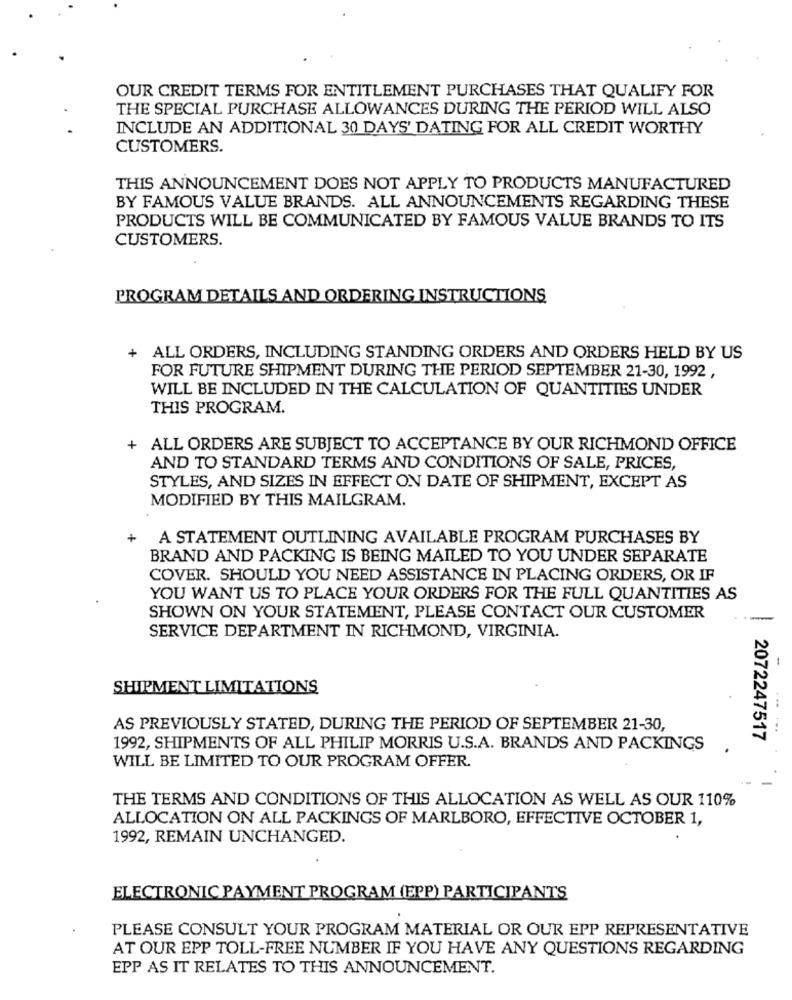
OUR CREDIT TERMS FOR ENTITLEMENT PURCHASES THAT QUALIFY FOR
THE SPECIAL PURCHASE ALLOWANCES DURING THE PERIOD WILL ALSO
INCLUDE AN ADDITIONAL 30 DAYS' DATING FOR ALL CREDIT WORTHY
CUSTOMERS.
THIS ANNOUNCEMENT DOES NOT APPLY TO PRODUCTS MANUFACTURED
BY FAMOUS VALUE BRANDS. ALL ANNOUNCEMENTS REGARDING THESE
PRODUCTS WILL BE COMMUNICATED BY FAMOUS VALUE BRANDS TO ITS
CUSTOMERS.
PROGRAM DETAILS AND ORDERING INSTRUCTIONS
.ALL ORDERS, INCLUDING STANDING ORDERS AND ORDERS HELD BY US
FOR FUTURE SHIPMENT DURING THE PERIOD SEPTEMBER 21-30, 1992 ,
WILL BE INCLUDED IN THE CALCULATION OF QUANTITIES UNDER
THIS PROGRAM.
ALL ORDERS ARE SUBJECT TO ACCEPTANCE BY OUR RICHMOND OFFICE
AND TO STANDARD TERMS AND CONDITIONS OF SALE, PRICES,
STYLES, AND SIZES IN EFFECT ON DATE OF SHIPMENT, EXCEPT AS
MODIFIED BY THIS MAILGRAM.
+
A STATEMENT OUTLINING AVAILABLE PROGRAM PURCHASES BY
BRAND AND PACKING IS BEING MAILED TO YOU UNDER SEPARATE
COVER. SHOULD YOU NEED ASSISTANCE IN PLACING ORDERS, OR IF
YOU WANT US TO PLACE YOUR ORDERS FOR THE FULL QUANTITIES AS
SHOWN ON YOUR STATEMENT, PLEASE CONTACT OUR CUSTOMER
SERVICE DEPARTMENT IN RICHMOND, VIRGINIA.
-
SHIPMENT LIMITATIONS
AS PREVIOUSLY STATED, DURING THE PERIOD OF SEPTEMBER 21-30,
2072247517
1992, SHIPMENTS OF ALL PHILIP MORRIS U.S.A. BRANDS AND PACKINGS
WILL BE LIMITED TO OUR PROGRAM OFFER.
THE TERMS AND CONDITIONS OF THIS ALLOCATION AS WELL AS OUR 110%
ALLOCATION ON ALL PACKINGS OF MARLBORO, EFFECTIVE OCTOBER 1,
1992, REMAIN UNCHANGED.
ELECTRONIC PAYMENT PROGRAM (EPP) PARTICIPANTS
PLEASE CONSULT YOUR PROGRAM MATERIAL OR OUR EPP REPRESENTATIVE
AT OUR EPP TOLL-FREE NUMBER IF YOU HAVE ANY QUESTIONS REGARDING
EPP AS IT RELATES TO THIS ANNOUNCEMENT.